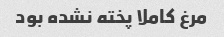
مرغ کاملا پخته نشده بود